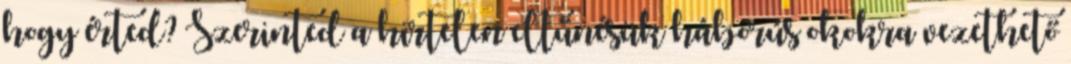
hogy érted? Szerinted a hirtelen eltűnésük háborús okokra vezethető